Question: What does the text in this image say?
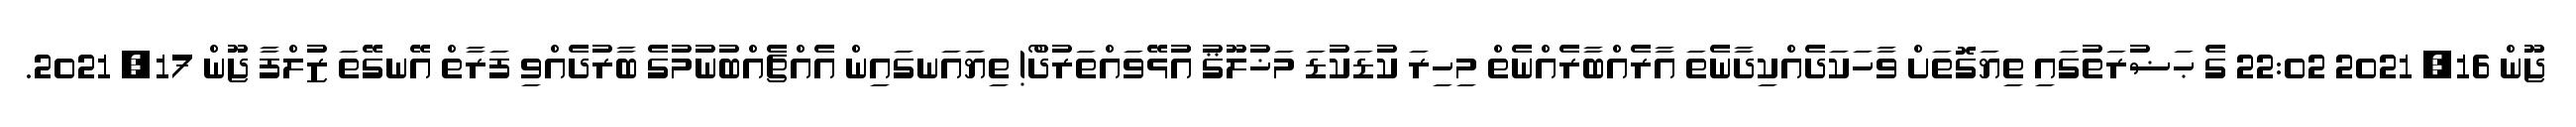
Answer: ޖޫން 16, 2021 22:02 ގެ ޙަޟުރަތުގައި ތިޔަގޮތަށް ވާހަކަދެއްކިދާނެތަ އާރެއްބާރެއްނެތް މިހިރަ ކުޑަކުޑަ މަޚުލޫޤު އުުޅޭވައްތަރުދޯް! ތިޔައަނގައިން އެއްޗެއްބުނުމުގެ ބާރުދެއްވި ފަރާތް އޭނގޭތަ ޒުލްފާ ޖޫން 17, 2021.